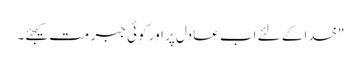
"خدا کے لئے اب عادل پر اور کوئی جبر مت کیجئے۔